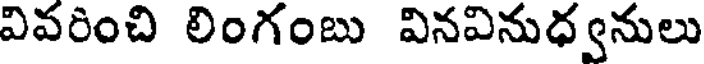
వివరించి లింగంబు వినవినుధ్వనులు